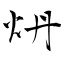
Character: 炿